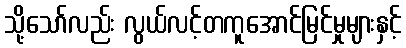
သို့သော်လည်း လွယ်လင့်တကူအောင်မြင်မှုများနှင့်